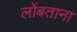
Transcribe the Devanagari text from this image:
लोंबताना